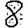
Digit: 8